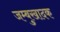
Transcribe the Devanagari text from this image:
जम्बुखादक